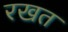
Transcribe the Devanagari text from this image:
रखत